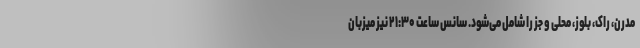
مدرن، راک، بلوز، محلی و جز را شامل می‌شود. سانس ساعت ۲۱:۳۰ نیز میزبان